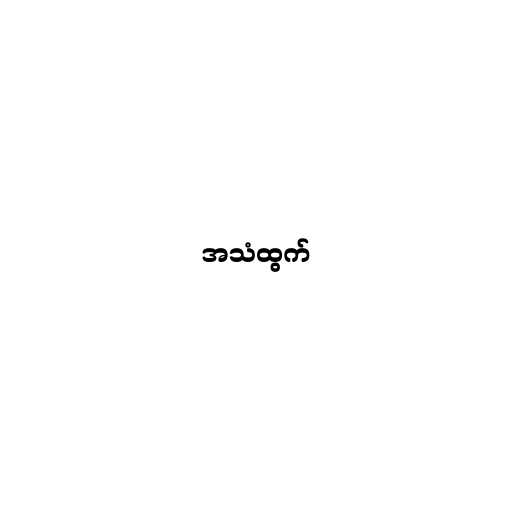
အသံထွက်